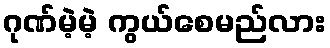
ဂုဏ်မဲ့မဲ့ ကွယ်စေမည်လား